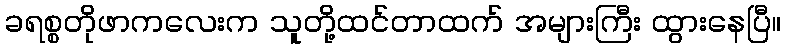
ခရစ္စတိုဖာကလေးက သူတို့ထင်တာထက် အများကြီး ထွားနေပြီ။